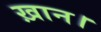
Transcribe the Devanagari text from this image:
ख़ान।